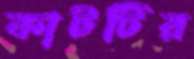
কাটটির